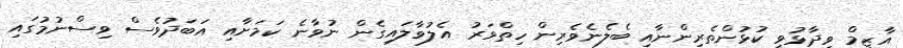
އާޒިމް ވިދާޅުވީ ކުޅުންތެރިންނާއި ބެލެނެވެރިން ހިތްވަރު އެލުވާލައިގެން ނުވާނެ ކަމަށާއި އަބަދުވެސް ވިސްނުމުގައި